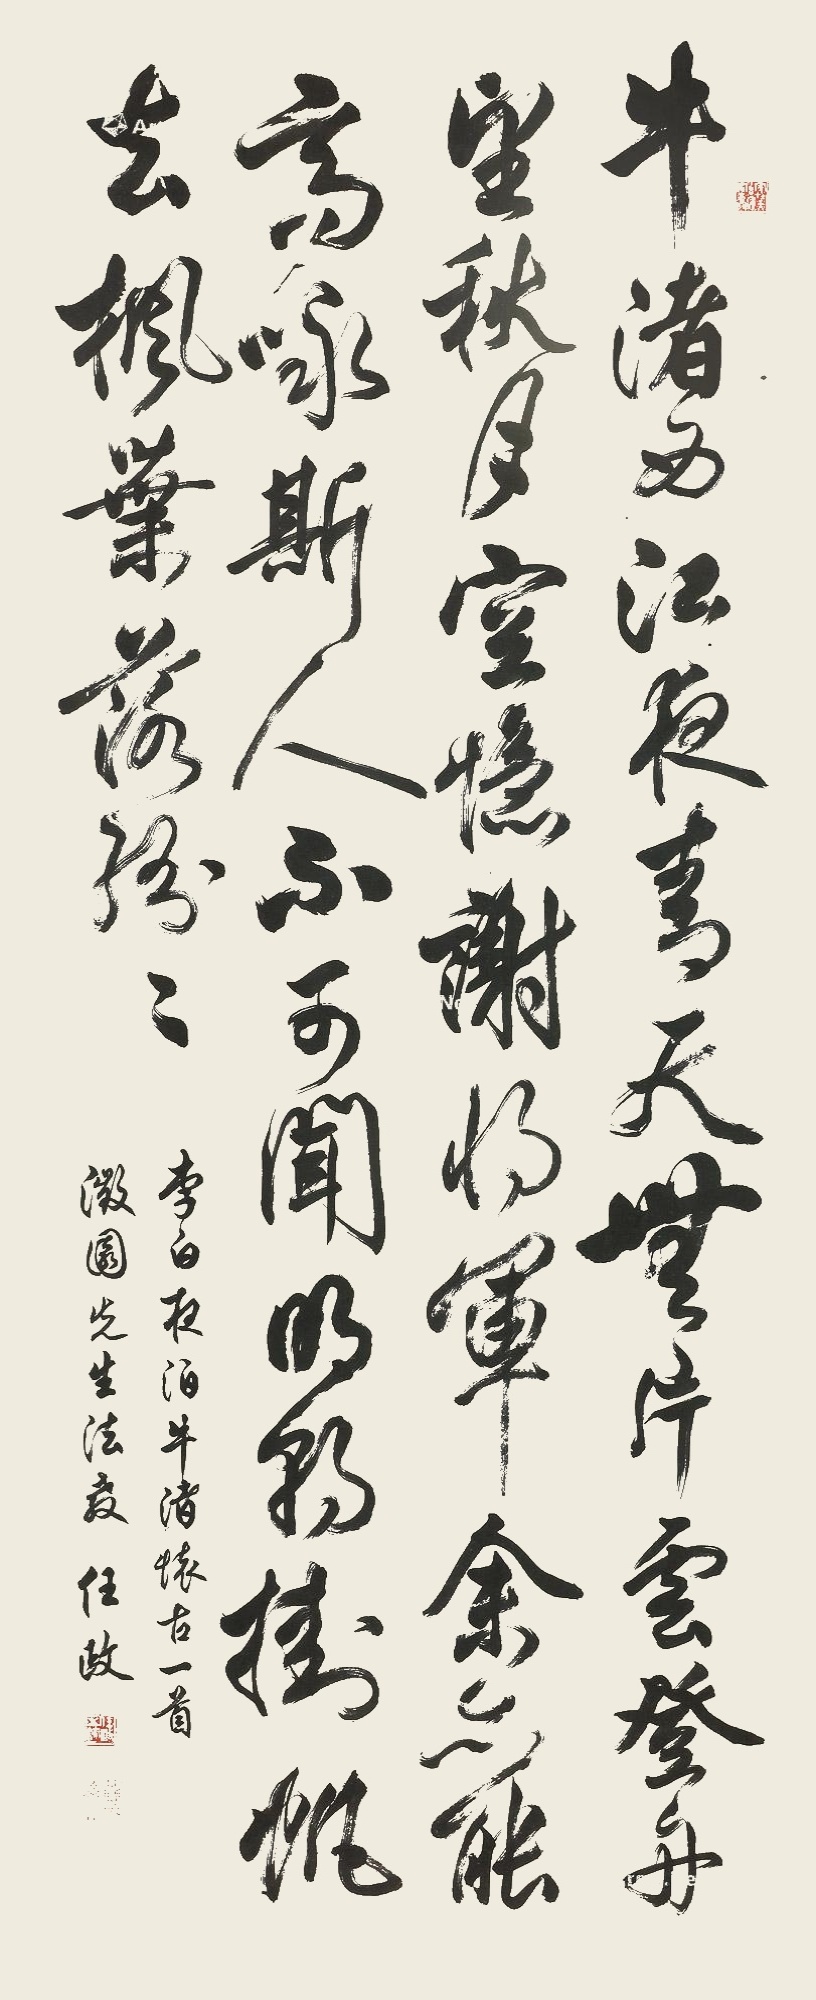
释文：牛渚西江夜，青天无片云。登舟望秋月，空忆谢将军。余亦能高咏，斯人不可闻。明朝挂帆去，枫叶落纷纷。李白夜泊牛渚怀古一首，澄园先生法教，任政。